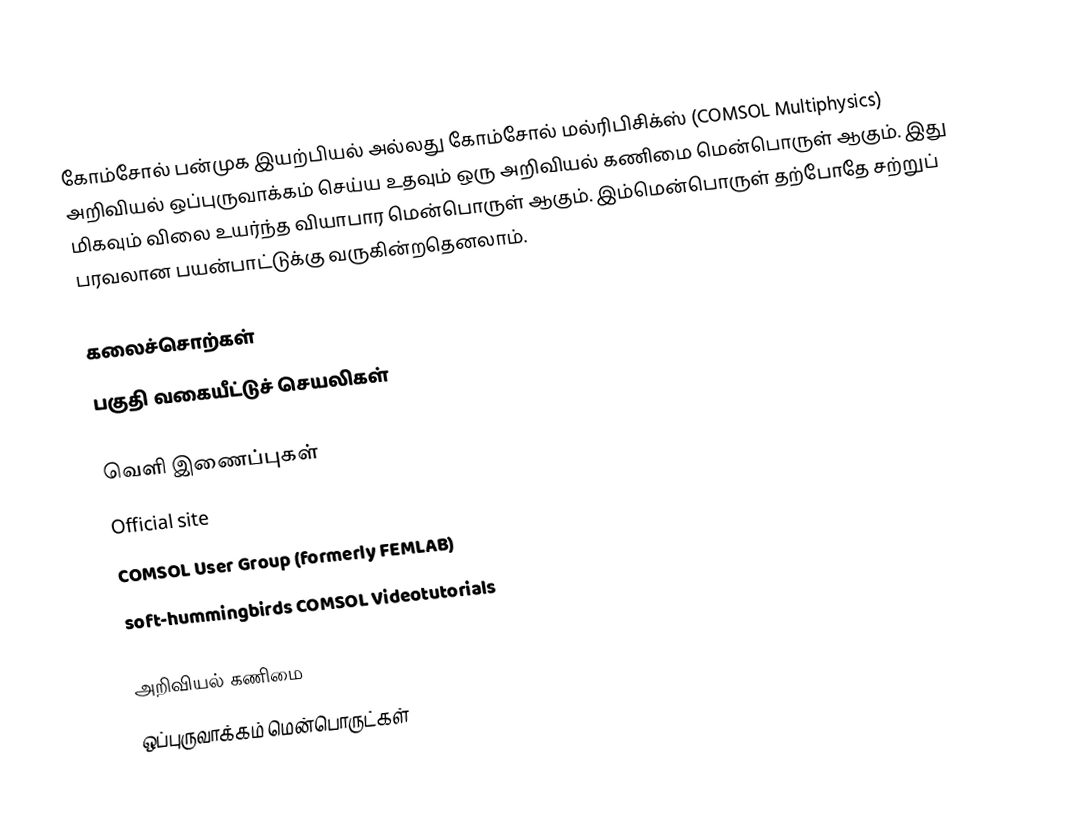
கோம்சோல் பன்முக இயற்பியல் அல்லது கோம்சோல் மல்ரிபிசிக்ஸ் (COMSOL Multiphysics)  அறிவியல் ஒப்புருவாக்கம் செய்ய உதவும் ஒரு அறிவியல் கணிமை மென்பொருள் ஆகும்.  இது மிகவும் விலை உயர்ந்த வியாபார மென்பொருள் ஆகும்.  இம்மென்பொருள் தற்போதே சற்றுப் பரவலான பயன்பாட்டுக்கு வருகின்றதெனலாம்.

கலைச்சொற்கள்
 பகுதி வகையீட்டுச் செயலிகள்

வெளி இணைப்புகள்
Official site
COMSOL User Group (formerly FEMLAB)
soft-hummingbirds COMSOL Videotutorials

அறிவியல் கணிமை
ஒப்புருவாக்கம் மென்பொருட்கள்